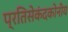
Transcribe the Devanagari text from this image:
प्रतिसेकंदकोनीय